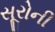
સૂરોની